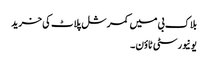
بلاک بی میں کمرشل پلاٹ کی خرید
یونیورسٹی ٹاؤن ۔